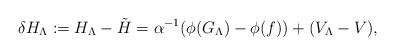
LaTeX: \begin{align*} \delta H_\Lambda := H_\Lambda - \tilde H = \alpha^{-1}(\phi(G_\Lambda)-\phi(f)) + (V_\Lambda - V),\end{align*}